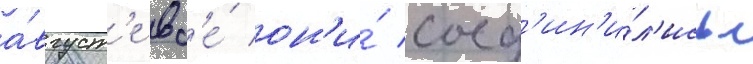
а́вгуст'е вс'е́ он'и́ соед'ин'и́л'ись